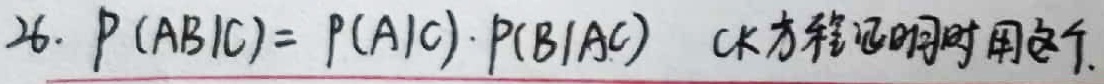
26. \(P(AB|C)=P(A|C)\cdot P(B|AC)\)  （CK方程证明时用这个）